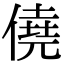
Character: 僥